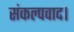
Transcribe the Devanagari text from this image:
संकल्पवाद।